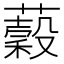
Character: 𧂣